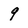
Character: 9